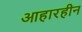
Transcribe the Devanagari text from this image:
आहारहीन